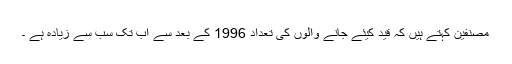
مصنفین کہتے ہیں کہ قید کیئے جانے والوں کی تعداد 1996 کے بعد سے اب تک سب سے زیادہ ہے ۔